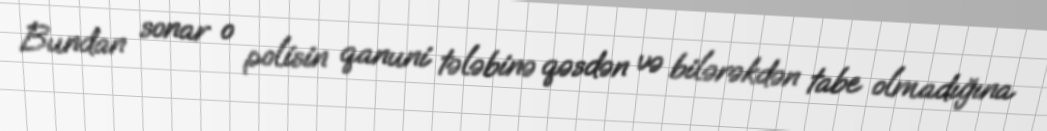
Bundan sonar o polisin qanuni tələbinə qəsdən və bilərəkdən tabe olmadığına